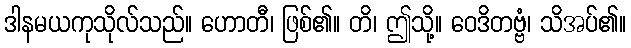
ဒါနမယကုသိုလ်သည်။ ဟောတီ၊ ဖြစ်၏။ တိ၊ ဤသို့။ ဝေဒိတဗ္ဗံ၊ သိအပ်၏။